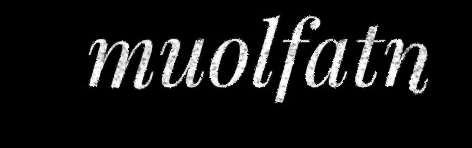
muolfatn